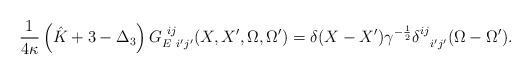
LaTeX: \begin{align*}\frac{1}{4\kappa} \left(\hat K +3 -\Delta_{3} \right)G^{\ ij}_{E\ i'j'}(X,X',\Omega , \Omega ')=\delta (X-X') \gamma^{-{1\over 2}} \delta^{ij}_{\ \ i'j'}(\Omega - \Omega ').\end{align*}